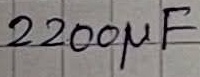
Text: 2200µF